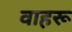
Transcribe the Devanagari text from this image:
वाहरू